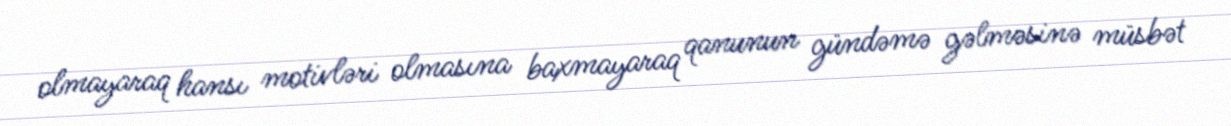
olmayaraq hansı motivləri olmasına baxmayaraq qanunun gündəmə gəlməsinə müsbət